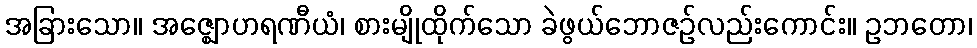
အခြားသော။ အဇ္ဈောဟရဏီယံ၊ စားမျိုထိုက်သော ခဲဖွယ်ဘောဇဉ်လည်းကောင်း။ ဥဘတော၊